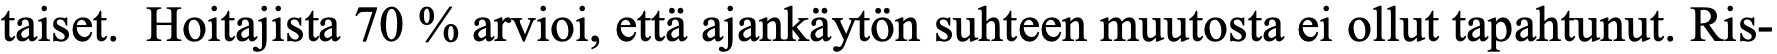
taiset. Hoitajista 70 % arvioi, että ajankäytön suhteen muutosta ei ollut tapahtunut. Ris-